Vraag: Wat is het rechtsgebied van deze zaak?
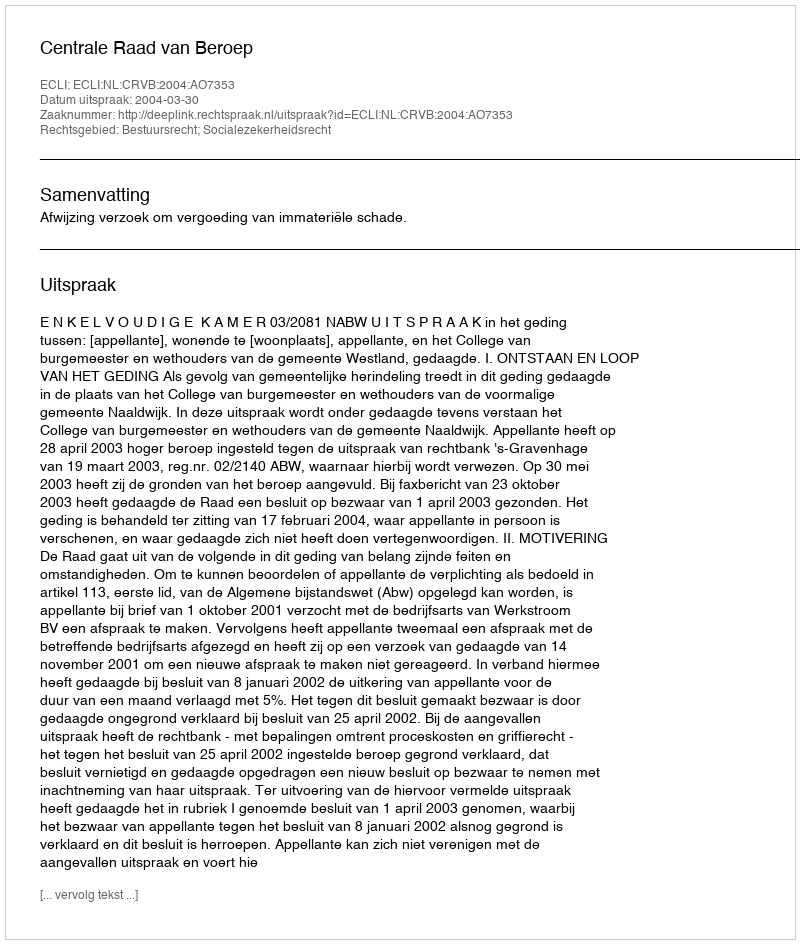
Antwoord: Bestuursrecht; Socialezekerheidsrecht